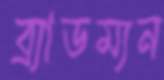
ব্র্যাডম্যন